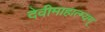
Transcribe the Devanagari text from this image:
देवीमाहात्म्यम्